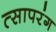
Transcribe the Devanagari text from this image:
त्सापरंग